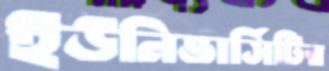
ইউনিভার্সিটির